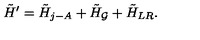
\tilde { H } ^ { \prime } = \tilde { H } _ { j - A } + \tilde { H } _ { \cal G } + \tilde { H } _ { L R } .